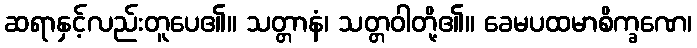
ဆရာနှင့်လည်းတူပေ၏။ သတ္တာနံ၊ သတ္တဝါတို့၏။ ခေမပထမာစိက္ခဏေ၊